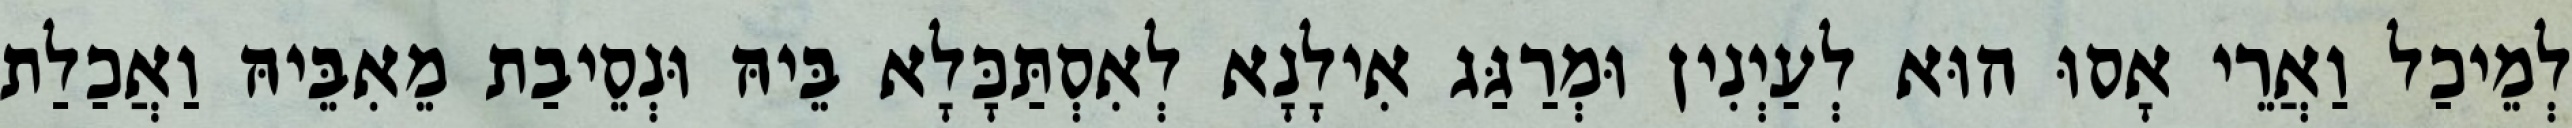
לְמֵיכַל וַאֲרֵי אָסוּ הוּא לְעַיְנִין וּמְרַגַּג אִילָנָא לְאִסְתַּכָּלָא בֵּיהּ וּנְסֵיבַת מֵאִבֵּיהּ וַאֲכַלַת